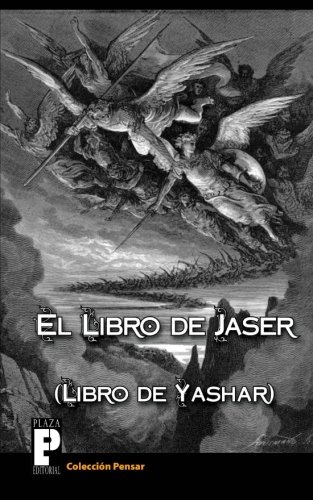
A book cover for El libro de Jaser (Libro de Yashar) (Spanish Edition); AnÃ³nimo; Christian Books & Bibles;